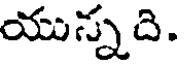
యున్నది.